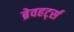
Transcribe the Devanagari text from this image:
ब्रेवहर्ट्स